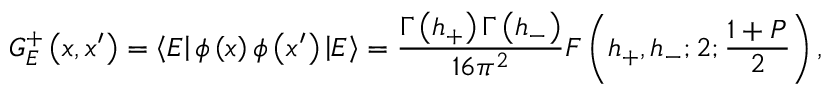
G _ { E } ^ { + } \left( x , x ^ { \prime } \right) = \left\langle E \right| \phi \left( x \right) \phi \left( x ^ { \prime } \right) \left| E \right\rangle = \frac { \Gamma \left( h _ { + } \right) \Gamma \left( h _ { - } \right) } { 1 6 \pi ^ { 2 } } F \left( h _ { + } , h _ { - } ; 2 ; \frac { 1 + P } { 2 } \right) ,